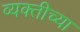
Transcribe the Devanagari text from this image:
व्‍यक्‍तीच्‍या